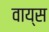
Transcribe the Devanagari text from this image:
वाय्स